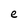
Character: e